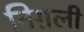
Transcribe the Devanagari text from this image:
निग़ली